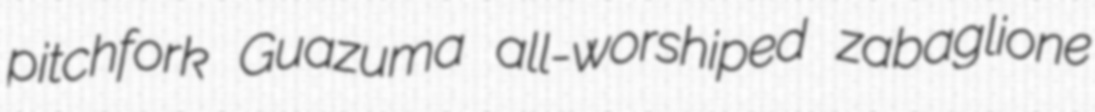
pitchfork Guazuma all-worshiped zabaglione